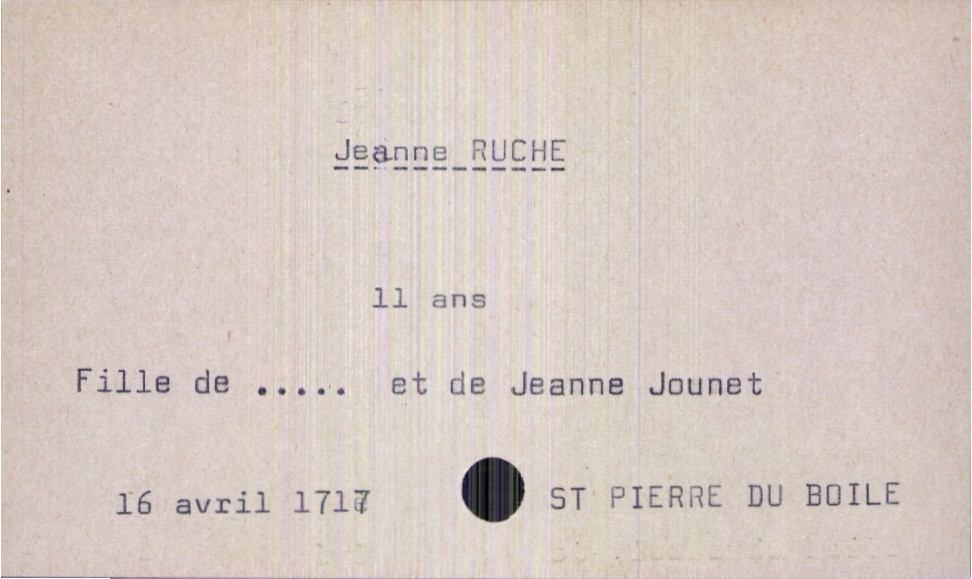
type_acte: Décès
année: 1717
mois: avril
jour: 16
observations: nom du père illisible
défunt_nom: Ruche
défunt_prénom: Jeanne
défunt_sexe: F
défunt_âge: 11 ans
défunt_statut: célibataire
mère_défunt_nom: Jounet
mère_défunt_prénom: Jeanne